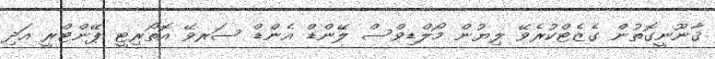
ޤާނޫނީގޮތުން ގެޒެޓްކުރެވޭ ލިޔުން މޯލްޑިވްސް ލޭންޑް އެންޑް ސަރވޭ އޮތޯރިޓީ ޕޭންޓްރީ އަދި